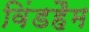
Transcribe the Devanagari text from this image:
विंडहैम